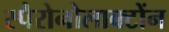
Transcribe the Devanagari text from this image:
स्पैरोनोलाक्टोंन